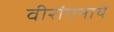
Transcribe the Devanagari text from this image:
वीरांगनायें